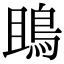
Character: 鴡